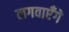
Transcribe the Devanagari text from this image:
लगवाएँगे